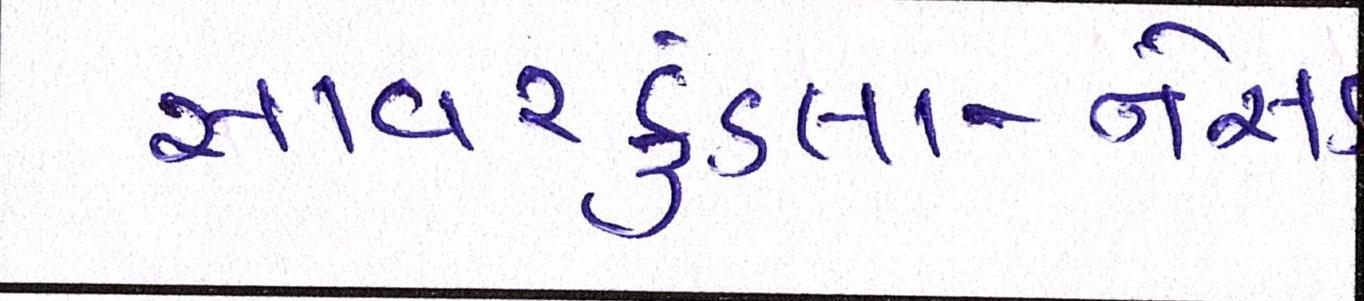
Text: સાવરકુંડલા-નેસડી